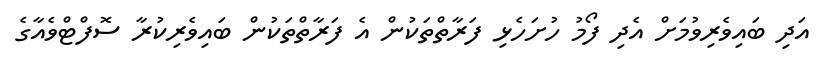
އަދި ބައިވެރިވުމަށް އެދި ފޯމު ހުށަހެޅި ފަރާތްތަކުން އެ ފަރާތްތަކުން ބައިވެރިކުރާ ސޮފްޓްވެއާގެ